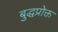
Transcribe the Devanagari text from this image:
बुद्धप्रोक्त